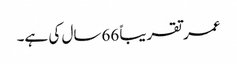
عمر تقریباً 66سال کی ہے۔